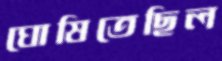
ঘোষিতেছিল